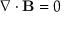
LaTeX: \nabla \cdot \mathbf { B } = 0